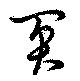
闃